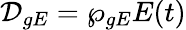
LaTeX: \mathcal{D}_{gE}=\wp_{gE}E(t)